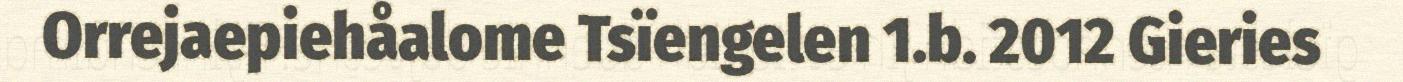
Orrejaepiehåalome Tsïengelen 1.b. 2012 Gieries